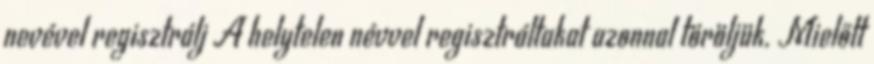
nevével regisztrálj A helytelen névvel regisztráltakat azonnal töröljük. Mielőtt